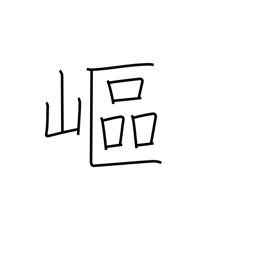
Meaning: steep